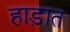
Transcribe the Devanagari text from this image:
हाड़ात